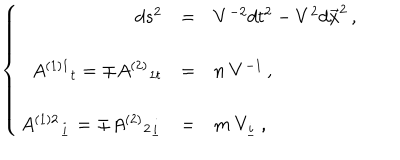
\left\{ \begin{array} { r c l } { { d s ^ { 2 } } } & { { = } } & { { V ^ { - 2 } d t ^ { 2 } - V ^ { 2 } d \vec { x } ^ { 2 } \, , } } \\ { { } } & { { } } & { { } } \\ { { A ^ { ( 1 ) 1 } { } _ { t } = \mp A ^ { ( 2 ) } { } _ { 1 t } } } & { { = } } & { { n \ V ^ { - 1 } \, , } } \\ { { } } & { { } } & { { } } \\ { { A ^ { ( 1 ) 2 } { } _ { \underline { { { i } } } } = \mp A ^ { ( 2 ) } { } _ { 2 \underline { { { i } } } } } } & { { = } } & { { m \ V _ { \underline { { { i } } } } \, , } } \\ \end{array} \right.